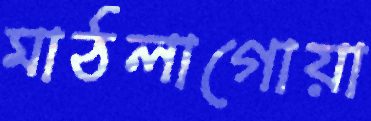
মাঠলাগোয়া